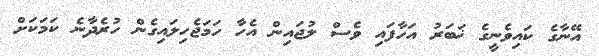
އޭނާގެ ކައިވެނީގެ ޚަބަރު އަހާފައި ވެސް ލުޖައިން އެހާ ހަމަޖެހިލައިގެން ހުރެދާނެ ކަމަކަށް